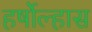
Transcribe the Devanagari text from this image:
हर्षोल्हास